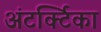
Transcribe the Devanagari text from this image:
अंटर्क्टिका